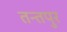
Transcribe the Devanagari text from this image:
तन्तपुर